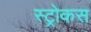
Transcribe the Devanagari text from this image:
स्ट्रोकस